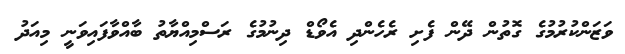
ވަޒަންކުރުމުގެ ގޮތުން ދޭން ފެށި ރެެހެންދި އެވޯޑް ދިނުމުގެ ރަސްމިއްޔާތު ބާއްވާފައިވަނީ މިއަދު